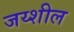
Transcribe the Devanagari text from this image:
जय्शील